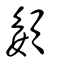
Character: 𡡓